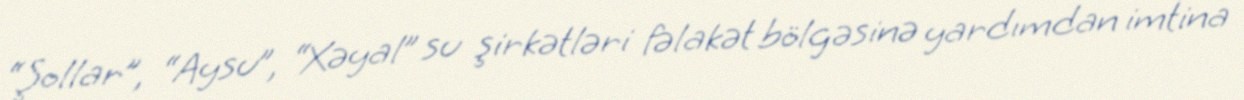
“Şollar”, “Aysu”, “Xəyal” su şirkətləri fəlakət bölgəsinə yardımdan imtina